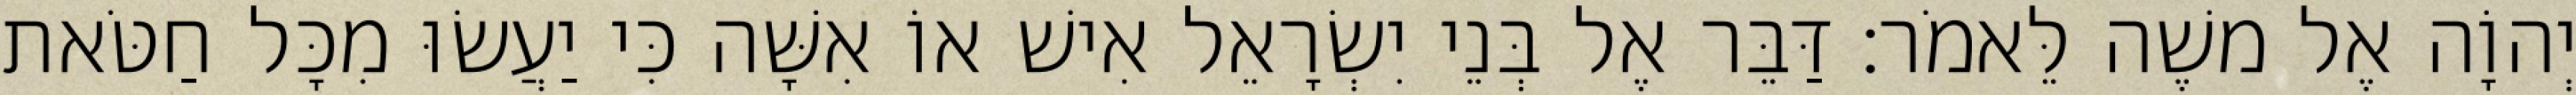
יְהוָֹה אֶל משֶׁה לֵּאמֹר׃ דַּבֵּר אֶל בְּנֵי יִשְׂרָאֵל אִישׁ אוֹ אִשָּׁה כִּי יַעֲשׂוּ מִכָּל חַטֹּאת